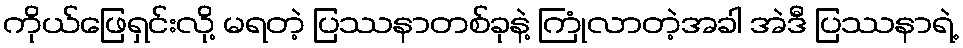
ကိုယ်ဖြေရှင်းလို့ မရတဲ့ ပြဿနာတစ်ခုနဲ့ ကြုံလာတဲ့အခါ အဲဒီ ပြဿနာရဲ့